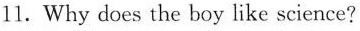
11.Why does the boy like science?